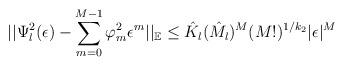
LaTeX: \begin{align*} || \Psi_{l}^{2}(\epsilon) - \sum_{m=0}^{M-1} \varphi_{m}^{2} \epsilon^{m} ||_{\mathbb{E}} \leq\hat{K}_{l}(\hat{M}_{l})^{M}(M!)^{1/k_{2}} |\epsilon|^{M} \end{align*}